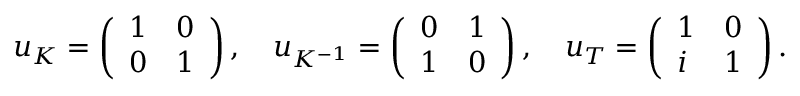
\begin{array} { r } { \boldsymbol { u } _ { K } = \left( \begin{array} { l l } { 1 } & { 0 } \\ { 0 } & { 1 } \end{array} \right) , \quad \boldsymbol { u } _ { K ^ { - 1 } } = \left( \begin{array} { l l } { 0 } & { 1 } \\ { 1 } & { 0 } \end{array} \right) , \quad \boldsymbol { u } _ { T } = \left( \begin{array} { l l } { 1 } & { 0 } \\ { i } & { 1 } \end{array} \right) . } \end{array}